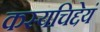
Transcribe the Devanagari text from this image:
कस्यचिद्देयं